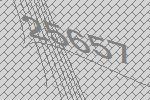
25657